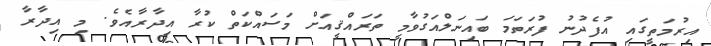
އިރުމަތީގައި އުފެދުނު ފުރަތަމަ ބައިނަލްއަގުވާމީ ތަރައްޤީއަށް މަސައްކަތް ކުރާ އިދާރާއެވެ. މި އިދާރާ